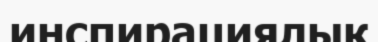
инспирациялық